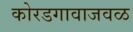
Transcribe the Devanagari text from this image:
कोरडगावाजवळ